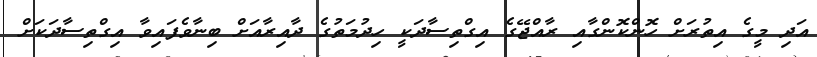
އަދި މީގެ އިތުރަށް ހޮންކޮންގާއި ރާއްޖޭގެ އިގްތިސާދަކީ ހިދުމަތުގެ ދާއިރާއަށް ބިނާވެފައިވާ އިގްތިސާދަކަށް